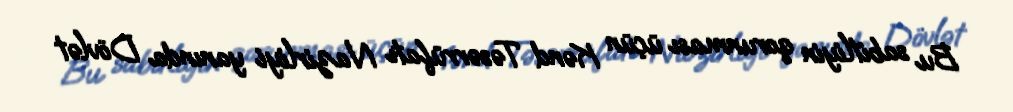
Bu sabitliyin qorunması üçün Kənd Təsərrüfatı Nazirliyi yanında Dövlət